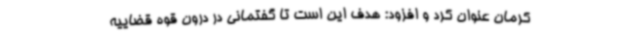
کرمان عنوان کرد و افزود: هدف این است تا گفتمانی در درون قوه قضاییه